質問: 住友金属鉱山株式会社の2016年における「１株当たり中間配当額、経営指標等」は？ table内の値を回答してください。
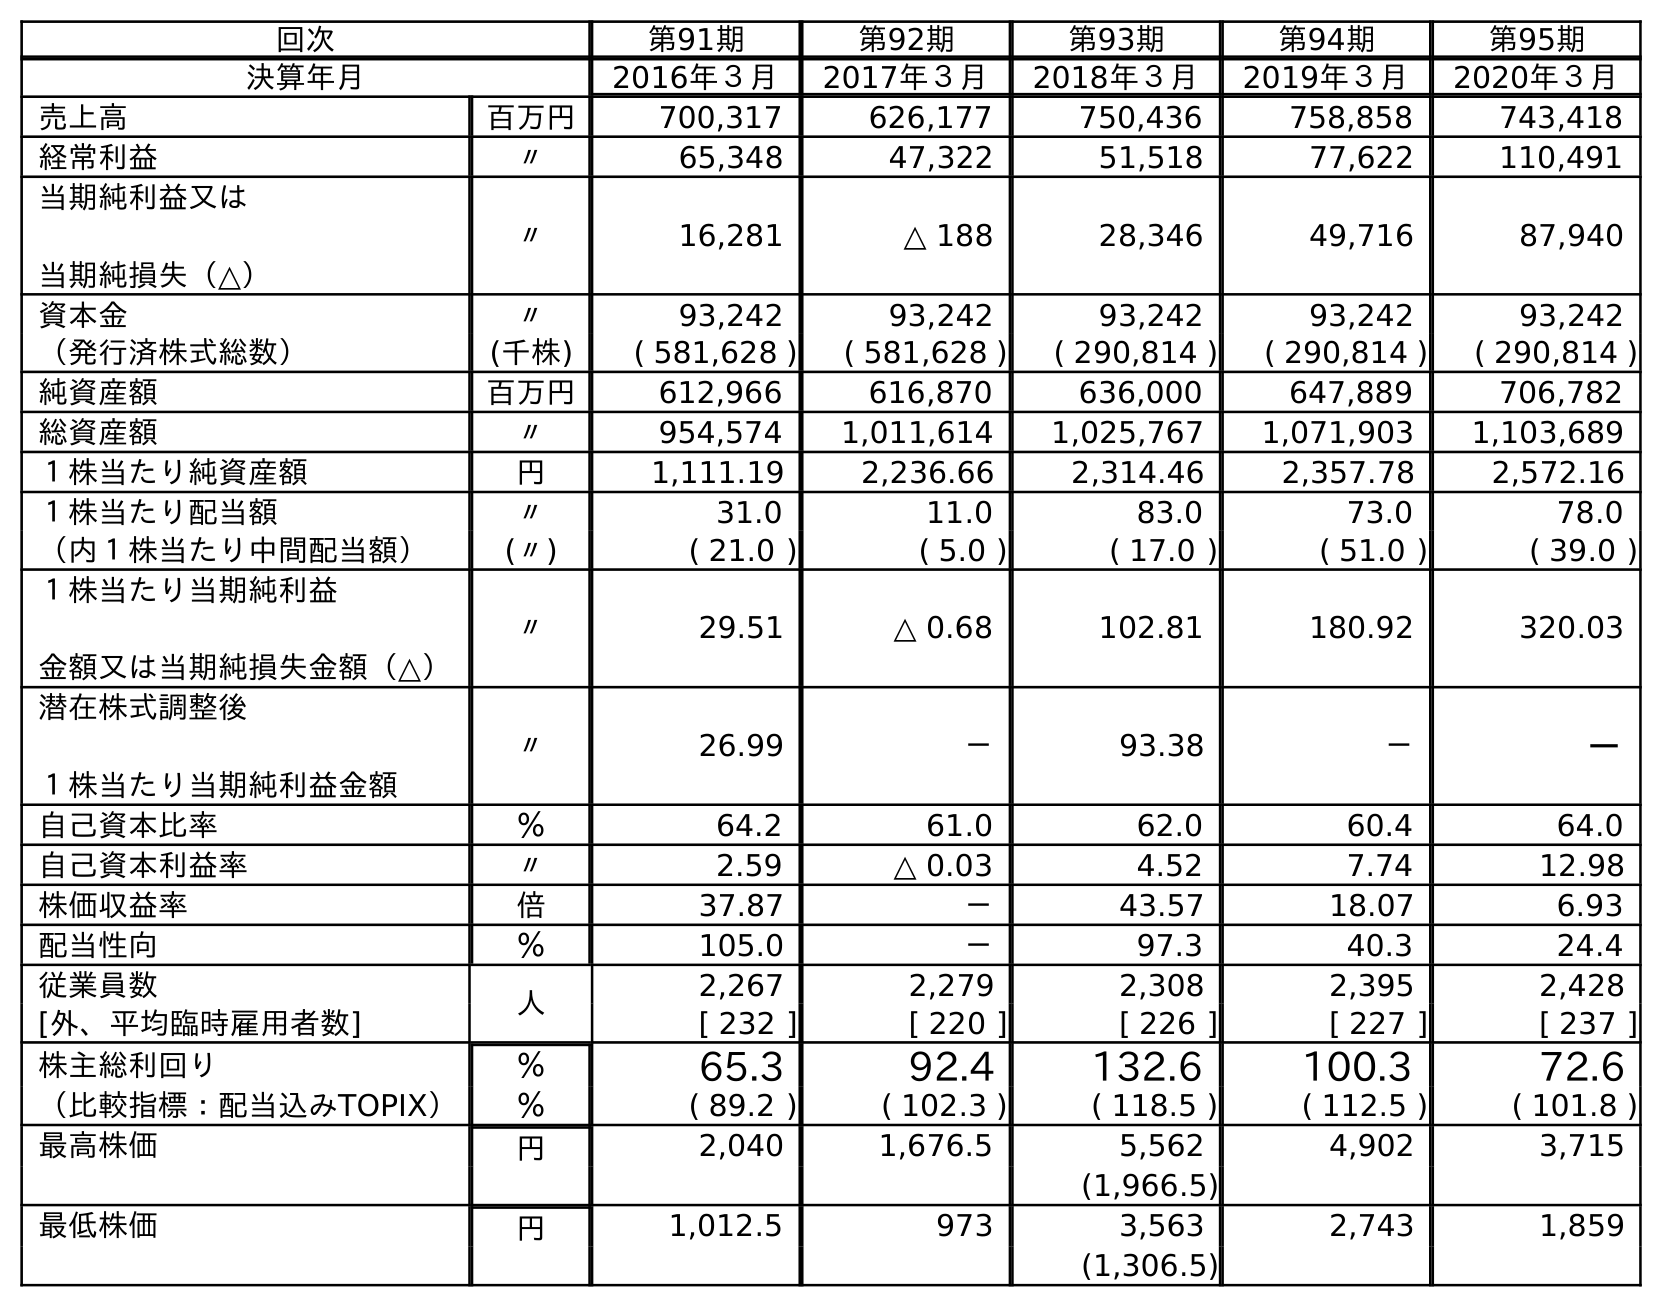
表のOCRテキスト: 回次 第91期 第92期 第93期 第94期 第95期 決算年月 2016年３月 2017年３月 2018年３月 2019年３月 2020年３月 売上高 百万円 700,317 626,177 750,436 758,858 743,418 経常利益 〃 65,348 47,322 51,518 77,622 110,491 当期純利益又は 当期純損失（△） 〃 16,281 △ 188 28,346 49,716 87,940 資本金 〃 93,242 93,242 93,242 93,242 93,242 （発行済株式総数） (千株) ( 581,628 ) ( 581,628 ) ( 290,814 ) ( 290,814 ) ( 290,814 ) 純資産額 百万円 612,966 616,870 636,000 647,889 706,782 総資産額 〃 954,574 1,011,614 1,025,767 1,071,903 1,103,689 １株当たり純資産額 円 1,111.19 2,236.66 2,314.46 2,357.78 2,572.16 １株当たり配当額 〃 31.0 11.0 83.0 73.0 78.0 （内１株当たり中間配当額） (〃) ( 21.0 ) ( 5.0 ) ( 17.0 ) ( 51.0 ) ( 39.0 ) １株当たり当期純利益 金額又は当期純損失金額（△） 〃 29.51 △ 0.68 102.81 180.92 320.03 潜在株式調整後 １株当たり当期純利益金額 〃 26.99 － 93.38 － － 自己資本比率 ％ 64.2 61.0 62.0 60.4 64.0 自己資本利益率 〃 2.59 △ 0.03 4.52 7.74 12.98 株価収益率 倍 37.87 － 43.57 18.07 6.93 配当性向 ％ 105.0 － 97.3 40.3 24.4 従業員数 人 2,267 2,279 2,308 2,395 2,428 [外、平均臨時雇用者数] [ 232 ] [ 220 ] [ 226 ] [ 227 ] [ 237 ] 株主総利回り ％ 65.3 92.4 132.6 100.3 72.6 （比較指標：配当込みTOPIX） ％ ( 89.2 ) ( 102.3 ) ( 118.5 ) ( 112.5 ) ( 101.8 ) 最高株価 円 2,040 1,676.5 5,562 4,902 3,715 (1,966.5) 最低株価 円 1,012.5 973 3,563 2,743 1,859 (1,306.5)
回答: (21.0)